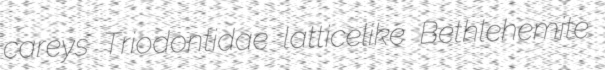
careys Triodontidae latticelike Bethlehemite